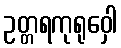
ဥတ္တရကုရုဝှေါ